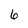
Character: 6